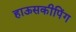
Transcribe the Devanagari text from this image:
हाऊसकीपिंग